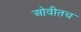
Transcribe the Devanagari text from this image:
ओवीतच